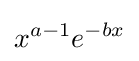
x^{a-1}e^{-bx}